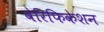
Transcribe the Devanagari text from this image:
वेरिफिकेशन